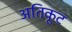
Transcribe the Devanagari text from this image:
अतिकूट